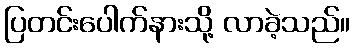
ပြတင်းပေါက်နားသို့ လာခဲ့သည်။